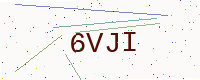
Text: 6VJI